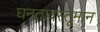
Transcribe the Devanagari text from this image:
घनतावस्तूमान